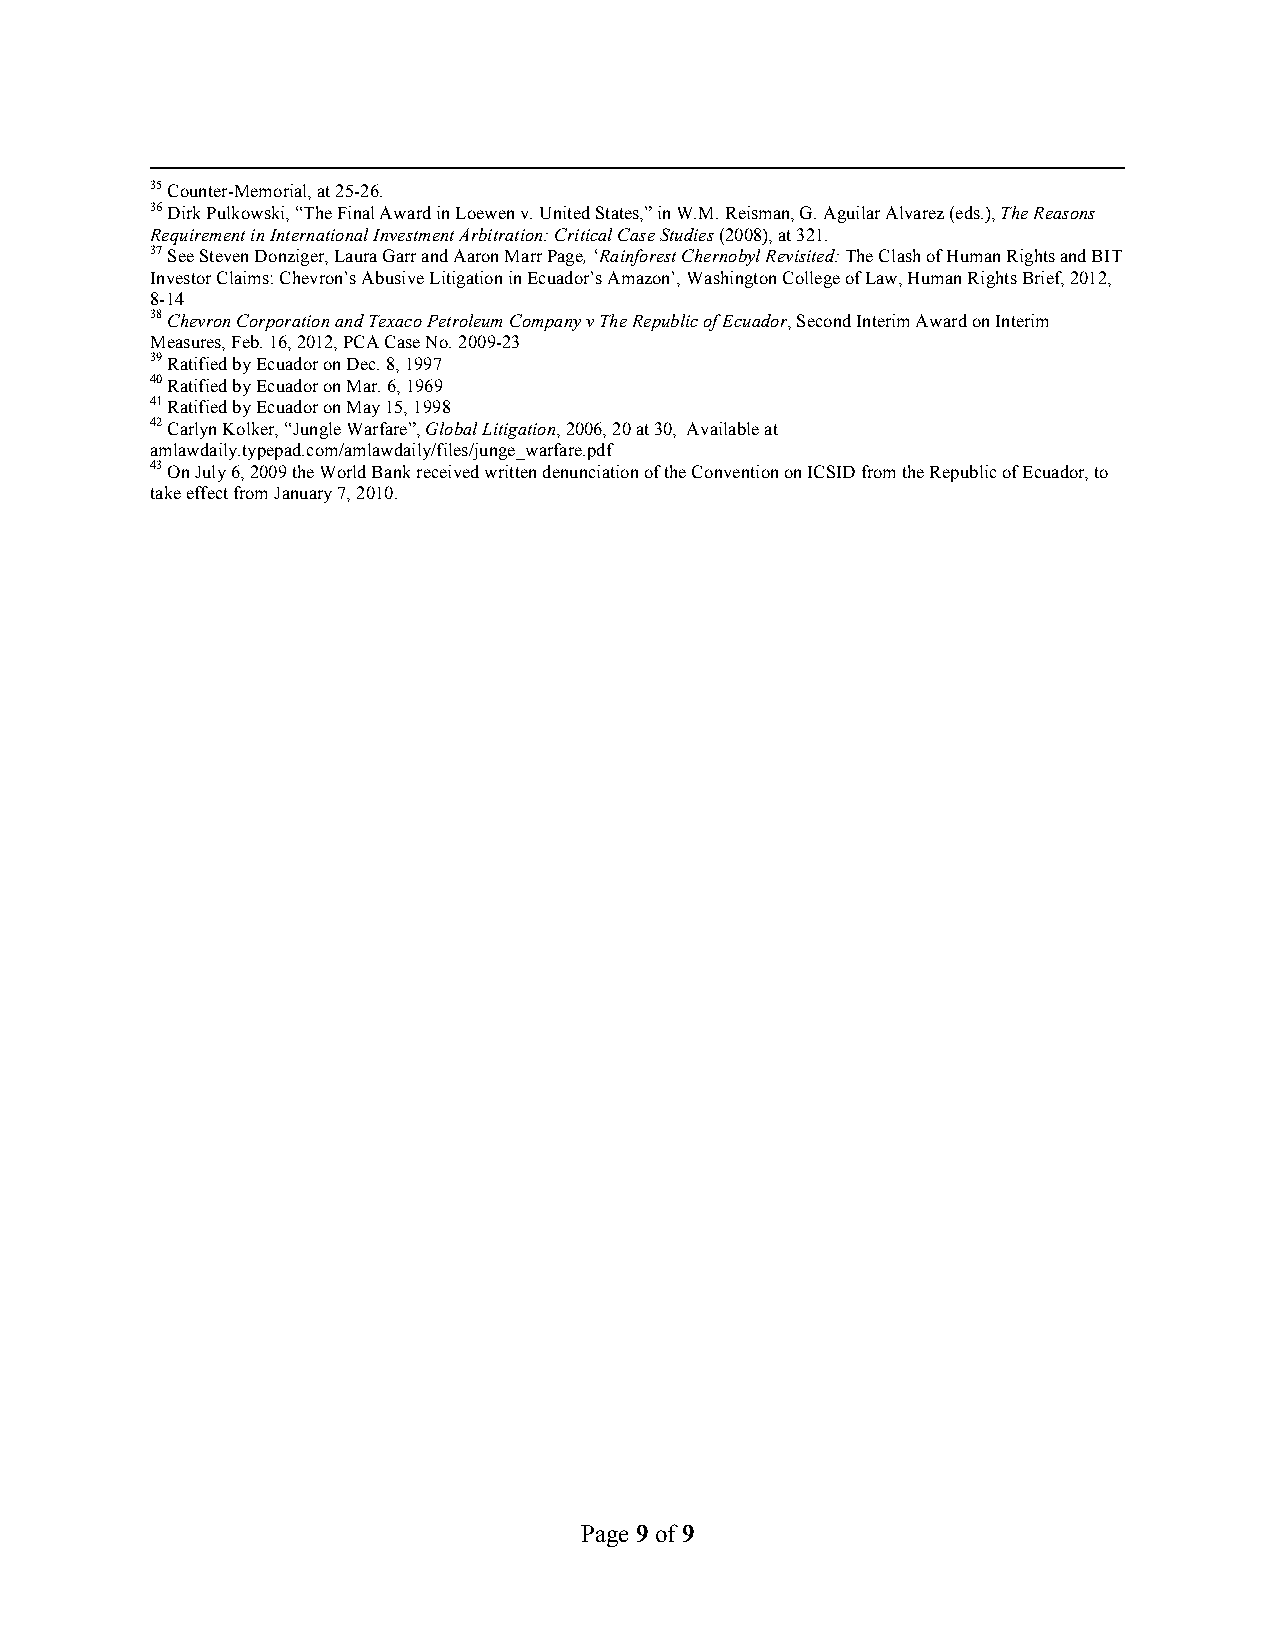
35 Counter-Memorial, at 25-26.
 36 Dirk Pulkowski, “The Final Award in Loewen v. United States,” in W.M. Reisman, G. Aguilar Alvarez (eds.), The Reasons
 Requirement in International Investment Arbitration: Critical Case Studies (2008), at 321.
 37 See Steven Donziger, Laura Garr and Aaron Marr Page, ‘Rainforest Chernobyl Revisited: The Clash of Human Rights and BIT
 Investor Claims: Chevron’s Abusive Litigation in Ecuador’s Amazon’, Washington College of Law, Human Rights Brief, 2012,
 8-14
 38 Chevron Corporation and Texaco Petroleum Company v The Republic of Ecuador, Second Interim Award on Interim
 Measures, Feb. 16, 2012, PCA Case No. 2009-23
 39 Ratified by Ecuador on Dec. 8, 1997
 40 Ratified by Ecuador on Mar. 6, 1969
 41 Ratified by Ecuador on May 15, 1998
 42 Carlyn Kolker, “Jungle Warfare”, Global Litigation, 2006, 20 at 30, Available at
 amlawdaily.typepad.com/amlawdaily/files/junge_warfare.pdf
 43 On July 6, 2009 the World Bank received written denunciation of the Convention on ICSID from the Republic of Ecuador, to
 take effect from January 7, 2010.
 Page 9 of 9